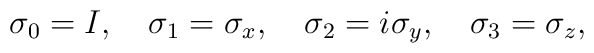
\sigma_0=I,\quad \sigma_1=\sigma_x,\quad \sigma_2=i\sigma_y,\quad\sigma_3=\sigma_z,